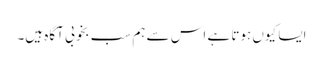
ایسا کیوں ہوتا ہے اس سے ہم سب بخوبی آگاہ ہیں۔